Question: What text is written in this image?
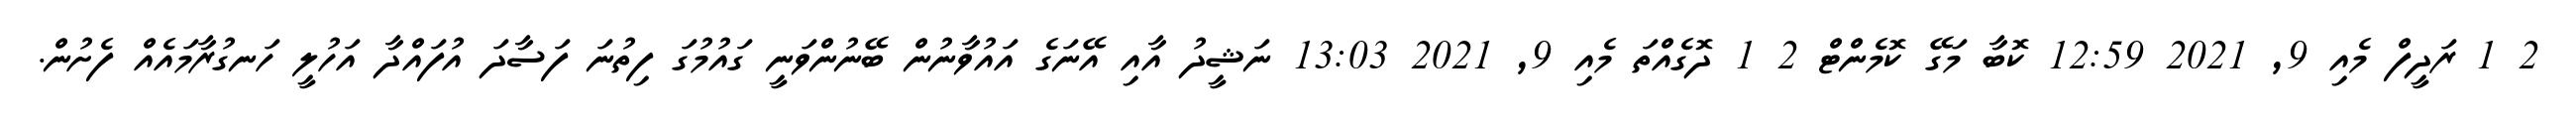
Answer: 2 1 ރަދީފް މެއި 9, 2021 12:59 ކޮބާ މަގޭ ކޮމެންޓް 2 1 ދޮގެއްތަ މެއި 9, 2021 13:03 ނަޝީދު އާއި އޭނަގެ އައުވާނުން ބޭނުންވަނީ ގައުމުގަ ފިތުނަ ފަސާދަ އުފައްދާ އަހުލީ ހަނގުރާމައެއް ފެށުން.